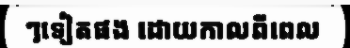
ៗទៀតផង ដោយកាលពីពេល